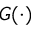
G ( \cdot )